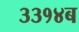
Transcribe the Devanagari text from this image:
३३१४ब